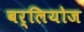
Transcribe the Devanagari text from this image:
बर्लियोज